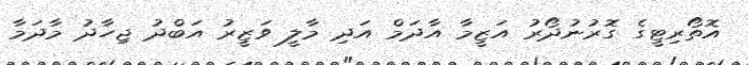
އޮތޯރިޓީގެ ގޮރުނުދޯރު އަޒީމާ އާދަމް އަދި މާލީ ވަޒީރު އަބްދު ޖިހާދު މާދަމާ